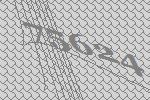
75624